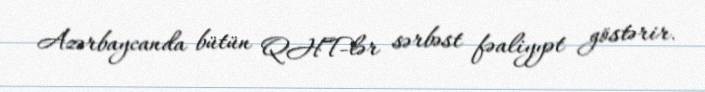
Azərbaycanda bütün QHT-lər sərbəst fəaliyyət göstərir.